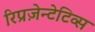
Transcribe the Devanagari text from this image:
रिप्रज़ेन्टेटिव्स